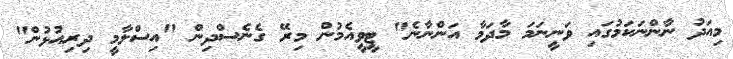
މިއަދު ނާންނަކަމުގައި ވަނީނަމަ މާދަމާ އަންނާނެ" ޓީވީއެމުން މިރޭ ގެނެސްދިން "އިސްލާމީ ދިރިއުޅުން"